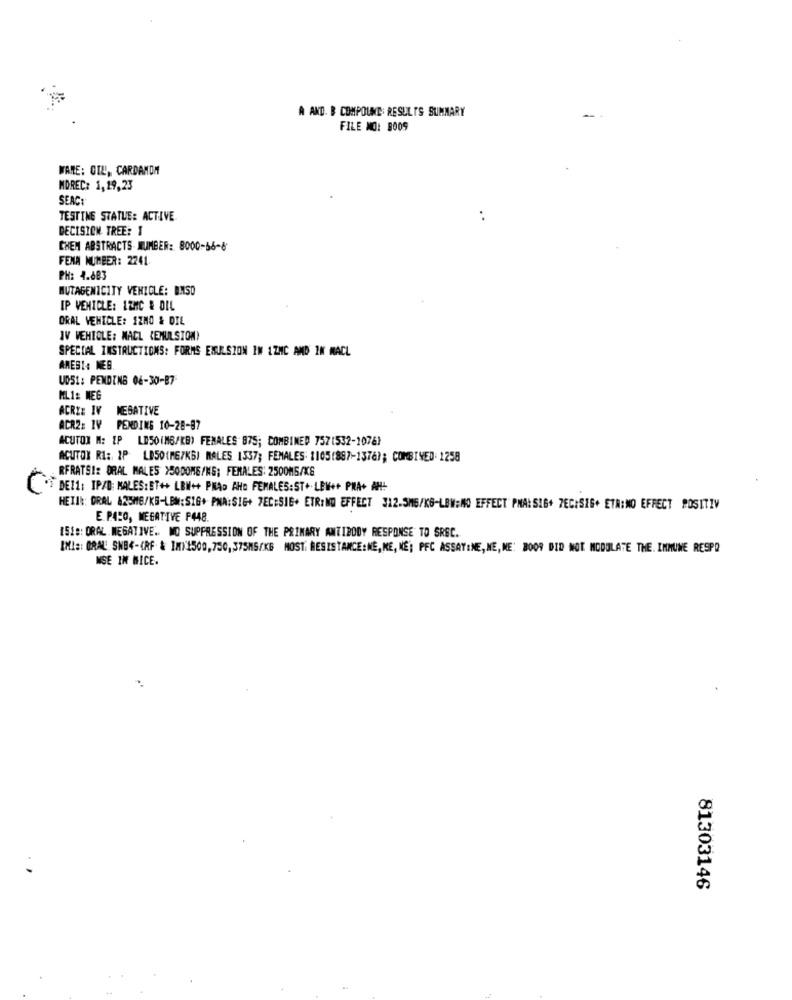
A AND. B COMPOUND: RESULTS SUMMARY
-
FILE NO: 8009
WARE: OIL, CARDAMOM
MOREC: 1,19,23
SEAC:
TESTING STATUE: ACTIVE
..
DECISION TREE: I
CHEM ABSTRACTS NUMBER: 8000-66-6
FENA NUMBER: 2241.
PH: 4.883
MUTAGENICITY VEHICLE: BMSO
IP VEHICLE: 12NIC & DIL
ORAL VEHICLE: 1200 & DIL
IV VEHICLE: NACL (EMULSION)
SPECIAL INSTRUCTIONS: FORMS EMULSION IM 1ZMC AND IN MACL
ANESI: NEG
UDS1: PENDING 06-30-87
ML1: MEG
ACRI: IV NEGATIVE
ACR2: IV PENDING 10-28-87
ACUTOX M: IP LESO(MB/KB) FEMALES 875; COMBINED 757(532-1078)
ACUTOX RI: IP LB50(MG/KG) MALES 1337; FEMALES: 1105(887-1376); COMBINED: 1258
RFRATSI: ORAL MALES >50DONE/NS; FEMALES: 2500M5/KG
DE11: IPAD: MALES: ET++ LBN++ PNAD AHo FEMALES:ST+ LEW++ PNA+ AH!
HETİK: DRAL &25MG/KG-LBM:S16+ PNA:SIG+ 7EC;SIE+ ETRİNO EFFECT 312.5MG/KG-LBW:NO EFFECT PMA: S16+ 7EC:SIG+ ETR:NO EFFECT POSITIV
E. P.ACO, NEGATIVE F448.
1518: ORAL. NEGATIVE. MO SUPPRESSION OF THE PRIMARY ANTIBODY RESPONSE TO SREC.
IMI :: ORAL SNB4-KRF & 1M)1500,750,37SMS/KG MOST: RESISTANCE:NE,NE, NE; PFC ASSAYINE, NE,NE: 8009 DID NOT MODULATE THE. IMMUNE RESPO
NSE IN WICE.
81303146